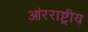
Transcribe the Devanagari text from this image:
आंरराष्ट्रीय